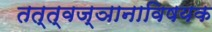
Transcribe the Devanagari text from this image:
तत्त्वज्ञानाविषयक